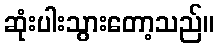
ဆုံးပါးသွားတော့သည်။